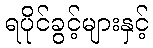
ရပိုင်ခွင့်များနှင့်